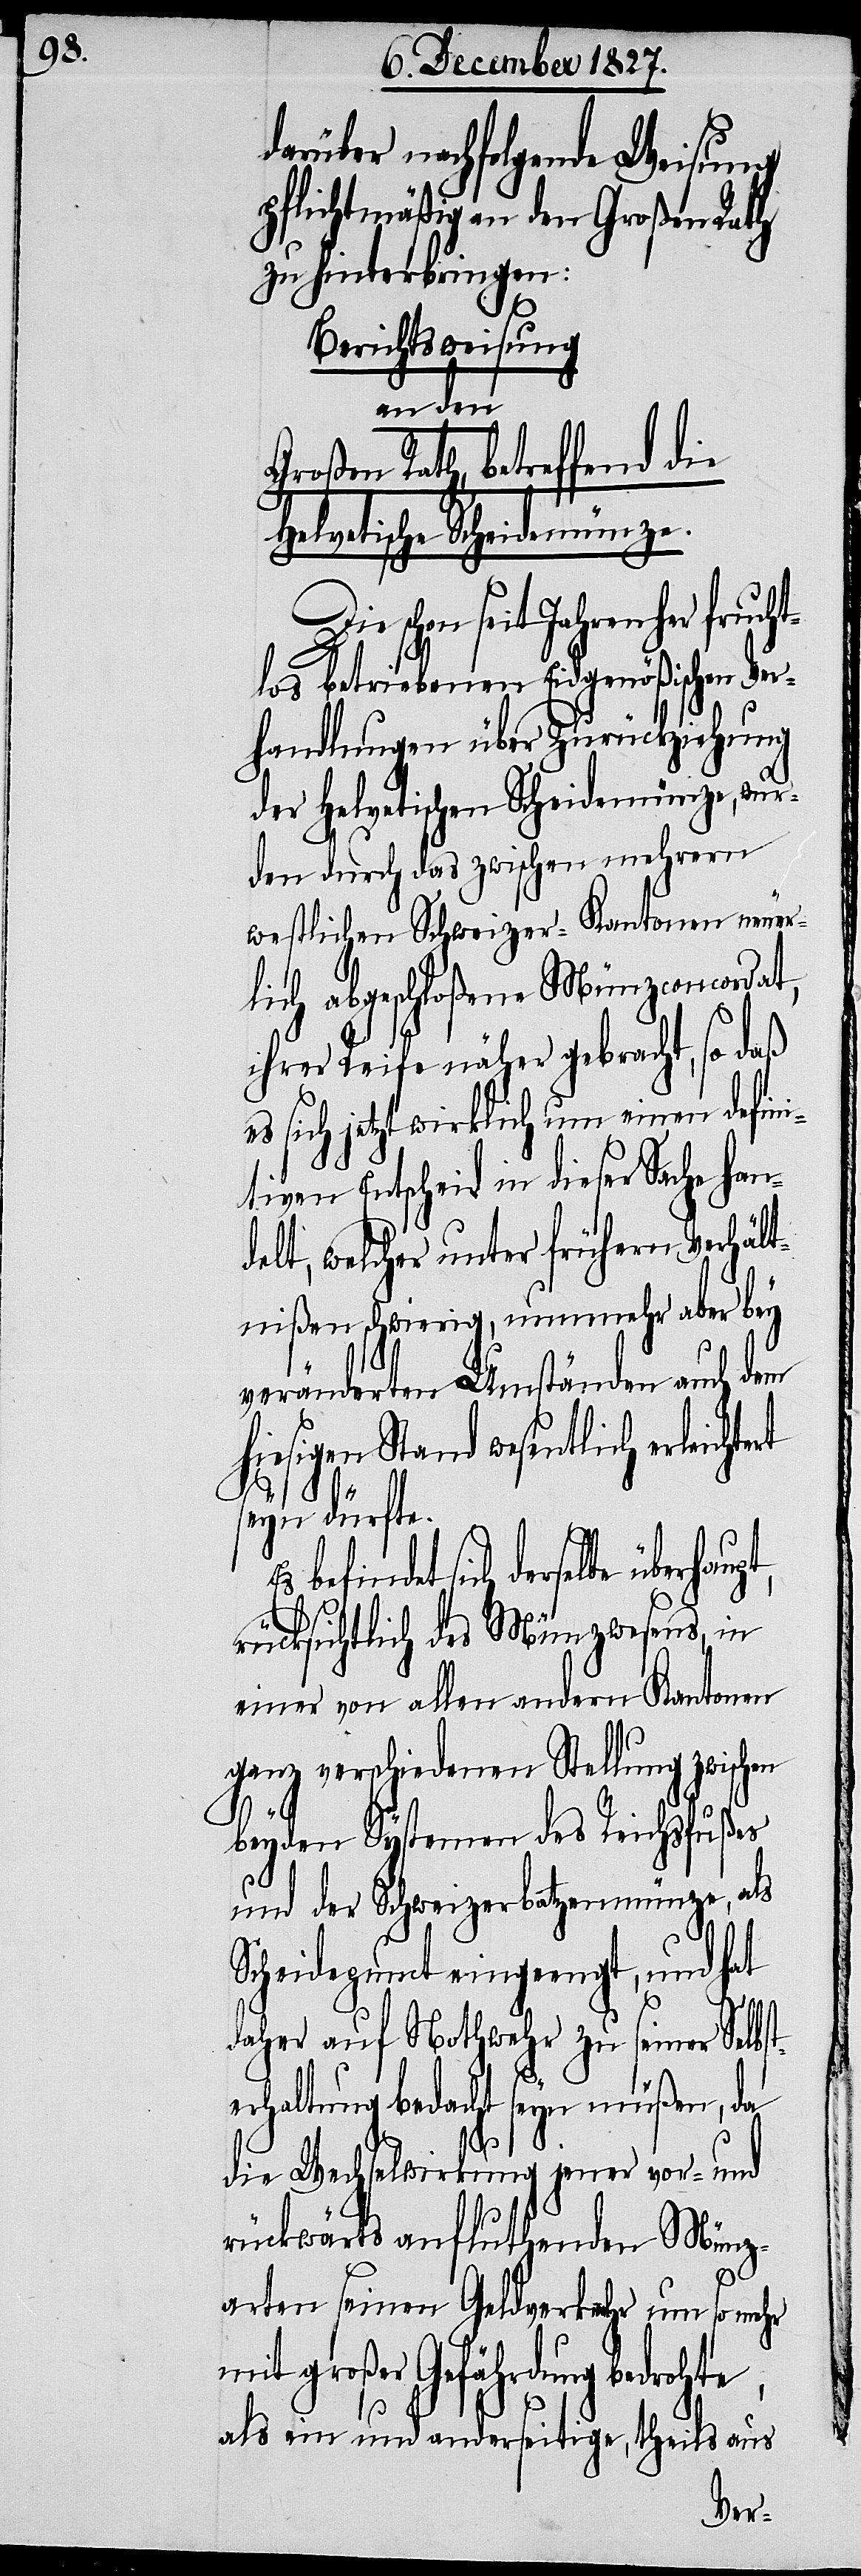
darüber nachfolgende Weisung
pflichtmäßig an den Großen Rath
zu hinterbringen:
Berichtsweisung
an den
Großen Rath, betreffend die
Helvetische Scheidemünze.
Jahren her fruch¬
tlos betriebenen Eidgenößischen Ver¬
handlungen über Zurückziehung
der Helvetischen Scheidemünze, wur¬
den durch das zwischen mehrern
westlichen Schweizer-Kantonen neuer¬
lich abgeschloßene Münzconcordat,
ihrer Reife näher gebracht, so daß
es sich jetzt wirklich um einen defini¬
tiven Entscheid in dieser Sache han¬
delt, welcher unter frühern Verhält¬
nißen schwierig, nunmehr aber bey
veränderten Umständen auch dem
hiesigen Stand wesentlich erleicht¬
te,
seyn dürfte.
befindet sich derselbe überhaup¬
t,
rücksichtlich des Münzwesens, in
einer von allen andern Kantonen
ganz verschiedenen Stellung zwischen
beyden Systemen des Reichsfußes
und der Schweizerbatzenmünze, als
Scheidepunct eingeengt, und hat
daher auf Nothwehr zu seiner Selbst¬
ert
erhaltung bedacht seyn müßen, da
die Wechselwirkung jener vor- und
rückwärts anflutenden Münz¬
arten seinen Geldverkehr um so mehr
mit großer Gefährdung bedroh¬
als ein und anderseitige, theils aus